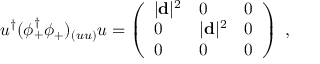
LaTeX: u ^ { \dagger } ( \phi _ { + } ^ { \dagger } \phi _ { + } ) _ { ( u u ) } u = \left( \begin{array} { l l l } { { | { \bf d } | ^ { 2 } } } & { { 0 } } & { { 0 } } \\ { { 0 } } & { { | { \bf d } | ^ { 2 } } } & { { 0 } } \\ { { 0 } } & { { 0 } } & { { 0 } } \end{array} \right) \ ,